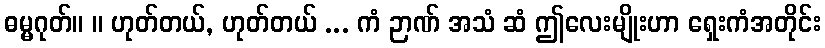
ဓမ္မဂုတ်။ ။ ဟုတ်တယ်, ဟုတ်တယ် ... ကံ ဉာဏ် အသံ ဆံ ဤလေးမျိုးဟာ ရှေးကံအတိုင်း